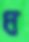
ধ